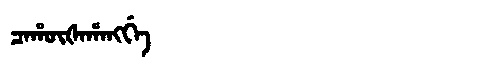
Manchu: ᠴᠠᡥᡡᡧᠠᡥᠠᠩᡤᡝ
Romanization: CAHŪŠAHANGGE